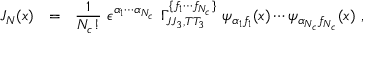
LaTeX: J _ { N } ( x ) \ \ = \ \ \frac { 1 } { N _ { c } ! } \, \, \epsilon ^ { \alpha _ { 1 } \cdots \alpha _ { N _ { c } } } \, \, \Gamma _ { J J _ { 3 } , T T _ { 3 } } ^ { \{ f _ { 1 } \cdots f _ { N _ { c } } \} } \, \, \psi _ { \alpha _ { 1 } f _ { 1 } } ( x ) \cdots \psi _ { \alpha _ { N _ { c } } f _ { N _ { c } } } ( x ) \, \, ,